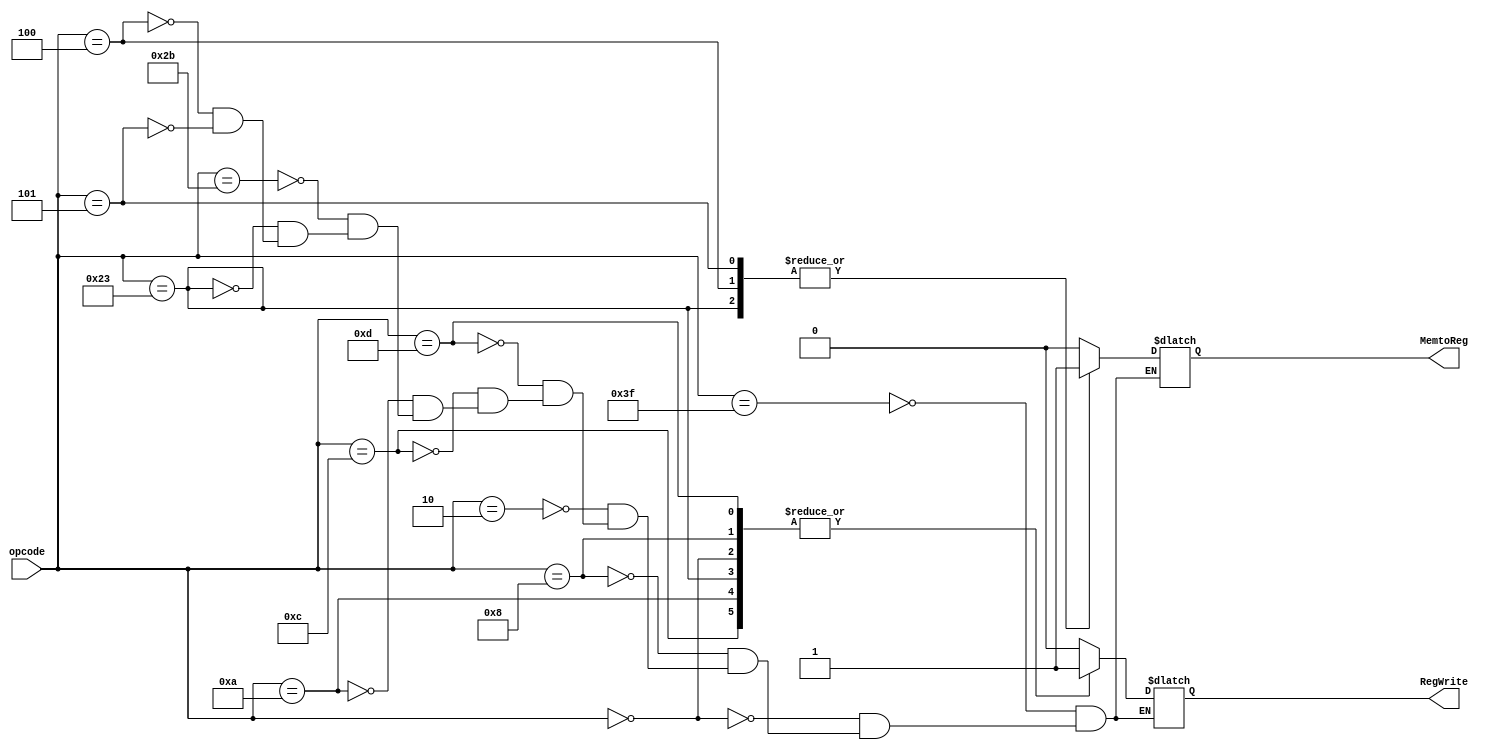
module WBControl(
  input [5:0] opcode,
  output reg MemtoReg, output reg RegWrite,
  );


 always@(opcode) begin
  case (opcode)
	6'b111111 : // NOP
	begin
	  MemtoReg = 0;
	  RegWrite = 0;
	end
	
    6'b0 : // R-Type
	begin
	  MemtoReg = 0;
	  RegWrite = 1;
	end
    6'b001000 : // addi
	begin
	  MemtoReg = 0;
	  RegWrite = 1;
	end
    6'b000010 : // j
	begin
	  MemtoReg = 0;
	  RegWrite = 0;
	end
    6'b001101 : // ori
	begin
	  MemtoReg = 0;
	  RegWrite = 1;
	end
    6'b001100 : // andi
	begin
	  MemtoReg = 0;
	  RegWrite = 1;
	end
    6'b001010 : // slti
	begin
	  MemtoReg = 0;
	  RegWrite = 1;
	end
    6'b101011 : // sw
	begin
	  MemtoReg = 0;
	  RegWrite = 0;
	end
    6'b100011 : // lw
	begin
	  MemtoReg = 1;
	  RegWrite = 1;
	end
    6'b000100 : // beq
	begin
	  MemtoReg = 1;
	  RegWrite = 0;
	end
    6'b000101 : // bne
	begin
	  MemtoReg = 1;
	  RegWrite = 0;
	end
    endcase
end
endmodule